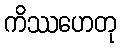
ကိဿဟေတု